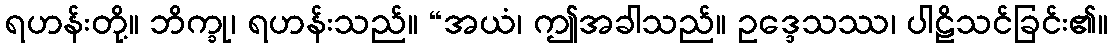
ရဟန်းတို့။ ဘိက္ခု၊ ရဟန်းသည်။ “အယံ၊ ဤအခါသည်။ ဥဒ္ဒေသဿ၊ ပါဠိသင်ခြင်း၏။